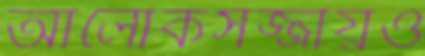
আলোকসজ্জায়ও